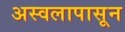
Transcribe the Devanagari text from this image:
अस्वलापासून